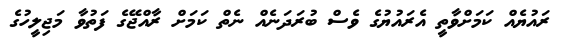
ރައުޔެއް ކަމަށްވާތީ އެރައުޔުގެ ވެސް ބުރަދަނެއް ނެތް ކަމަށް ރާއްޖޭގެ ފަތުވާ މަޖިލީހުގެ